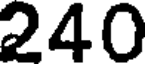
240